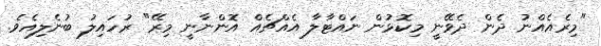
"މިރެއެއްނު ދެން ދެވޭނީ މިކޮޅުން ނައްޓާލާ އެއްޗެއް އޮންނާނީ މިރޭ" ރުހައިލު ބުނެލިއެވެ.